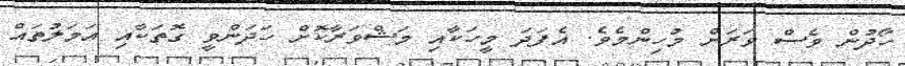
ހޯދުން ވެސް ވަރަށް މުހިންމެވެ. އެފަދަ މީހަކާއި މަޝްވަރާކޮށް ހަދަންވީ ގޮތަކާއި އަމަލުތައް